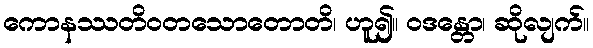
ကောနဿတိဝတသောတောတိ၊ ဟူ၍။ ဝဒန္တော၊ ဆိုလျက်။